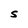
Character: S